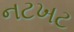
નટખટ